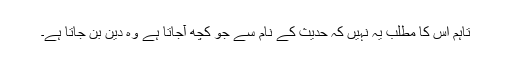
تاہم اس کا مطلب یہ نہیں کہ حدیث کے نام سے جو کچھ آجاتا ہے وہ دین بن جاتا ہے۔